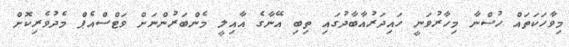
މިވާހަކަތައް ހުސްނާ މިހާރުވަނީ ހައިދަރުއާބާދުގައި ތިބި އޭނާގެ އާއިލީ މެންބަރުންނަށް ވަޓްސްއެޕް މެދުވެރިކޮށް